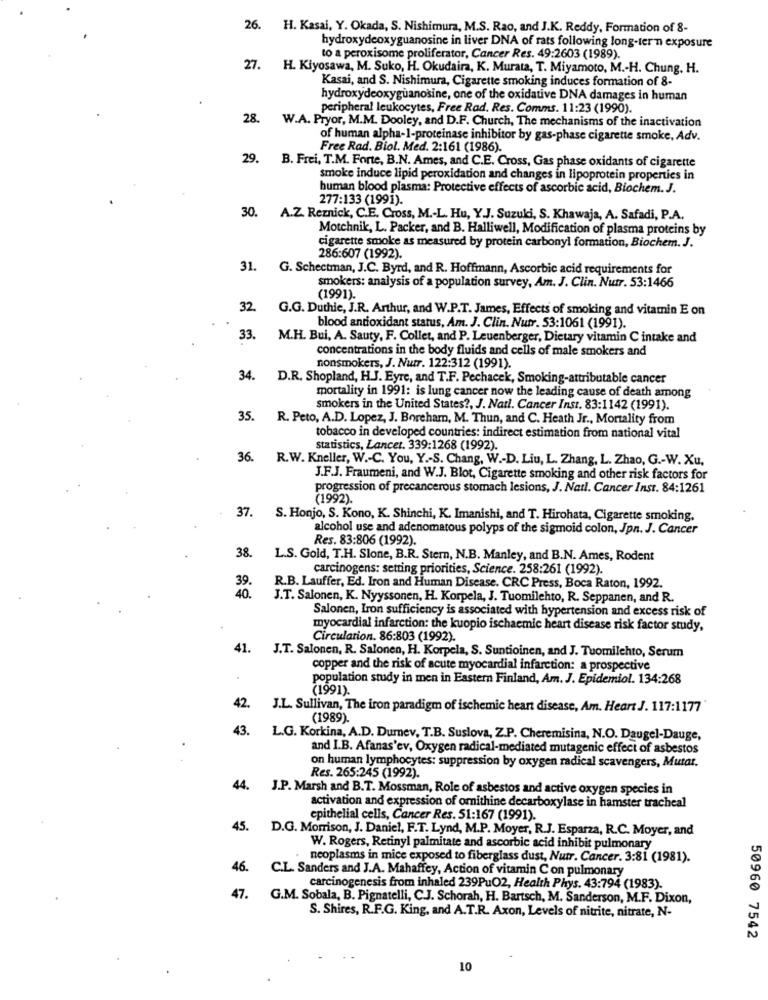
26. H. Kasai, Y. Okada, S. Nishimura, M.S. Rao, and J.K. Reddy, Formation of 8-
hydroxydeoxyguanosine in liver DNA of rats following long-term exposure
to a peroxisome proliferator, Cancer Res. 49:2603 (1989).
27.
H. Kiyosawa, M. Suko, H. Okudaira, K. Murata, T. Miyamoto, M .- H. Chung. H.
Kasai, and S. Nishimura, Cigarette smoking induces formation of 8-
hydroxydeoxyguanosine, one of the oxidative DNA damages in human
peripheral leukocytes, Free Rad. Res. Comms. 11:23 (1990).
28.
W.A. Pryor, M.M. Dooley, and D.F. Church, The mechanisms of the inactivation
of human alpha-1-proteinase inhibitor by gas-phase cigarette smoke, Adv.
Free Rad. Biol. Med. 2:161 (1986).
29. B. Frei, T.M. Forte, B.N. Ames, and C.E. Cross, Gas phase oxidants of cigarette
smoke induce lipid peroxidation and changes in lipoprotein properties in
human blood plasma: Protective effects of ascorbic acid, Biochem. J.
277:133 (1991).
30.
A.Z. Reznick, C.E. Cross, M .- L. Hu, YJ. Suzuki, S. Khawaja, A. Safadi, P.A.
Motchnik, L. Packer, and B. Halliwell, Modification of plasma proteins by
cigarette smoke as measured by protein carbonyl formation, Biochem. J.
286:607 (1992).
31. G. Schectman, J.C. Byrd, and R. Hoffmann, Ascorbic acid requirements for
smokers: analysis of a population survey, Am. J. Clin. Nutr. 53:1466
(1991).
32. G.G. Duthie, J.R. Arthur, and W.P.T. James, Effects of smoking and vitamin E on
blood antioxidant status, Am. J. Clin. Nutr. 53:1061 (1991).
33.
M.H. Bui, A. Sauty, F. Collet, and P. Leuenberger, Dietary vitamin C intake and
concentrations in the body fluids and cells of male smokers and
nonsmokers, J. Nutr. 122:312 (1991).
34.
D.R. Shopland, H.J. Eyre, and T.F. Pechacek, Smoking-attributable cancer
mortality in 1991: is lung cancer now the leading cause of death among
smokers in the United States ?, J. Natl. Cancer Inst. 83:1142 (1991).
35.
R. Peto, A.D. Lopez, J. Borchar, M. Thun, and C. Heath Jr ., Mortality from
tobacco in developed countries: indirect estimation from national vital
statistics, Lancet. 339:1268 (1992).
36.
R.W. Kneller, W .- C. You, Y .- S. Chang, W .- D. Liu, L. Zhang, L. Zhao, G .- W. Xu.
J.F.J. Fraumeni, and W.J. Blot, Cigarette smoking and other risk factors for
progression of precancerous stomach lesions, J. Natl. Cancer Inst. 84:1261
(1992).
37.
S. Honjo, S. Kono, K. Shinchi, K. Imanishi, and T. Hirohata, Cigarette smoking,
alcohol use and adenomatous polyps of the sigmoid colon, Jpn. J. Cancer
Res. 83:806 (1992).
38.
L.S. Gold, T.H. Slone, B.R. Stern, N.B. Manley, and B.N. Ames, Rodent
carcinogens: setting priorities, Science. 258:261 (1992).
39.
40.
R.B. Lauffer, Ed. Iron and Human Disease. CRC Press, Boca Raton, 1992.
J.T. Salonen, K. Nyyssonen, H. Korpela, J. Tuomilehto, R. Seppanen, and R.
Salonen, Iron sufficiency is associated with hypertension and excess risk of
myocardial infarction: the kuopio ischaemic heart disease risk factor study,
Circulation. 86:803 (1992).
41.
J.T. Salonen, R. Salonen, H. Korpela, S. Suntioinen, and J. Tuomilehto, Serum
copper and the risk of acute myocardial infarction: a prospective
population study in men in Eastern Finland, Am. J. Epidemiol. 134:268
(1991).
42.
J.L. Sullivan, The iron paradigm of ischemic heart disease, Am. Heart J. 117:1177
(1989).
43. L.G. Korkina, A.D. Dumev. T.B. Suslova, Z.P. Cheremisina, N.O. Daugel-Dauge,
and I.B. Afanas'ev, Oxygen radical-mediated mutagenic effect of asbestos
on human lymphocytes: suppression by oxygen radical scavengers, Mutat.
Res. 265:245 (1992).
44. J.P. Marsh and B.T. Mossman, Role of asbestos and active oxygen species in
activation and expression of omithine decarboxylase in hamster tracheal
epithelial cells, Cancer Res. 51:167 (1991).
. D.G. Morrison, J. Daniel, F.T. Lynd, M.P. Moyer, R.J. Esparza, R.C. Moyer, and
W. Rogers, Retinyl palmitate and ascorbic acid inhibit pulmonary
neoplasms in mice exposed to fiberglass dust, Nutr. Cancer. 3:81 (1981).
46.
C.L. Sanders and J.A. Mahaffey, Action of vitamin Con pulmonary
carcinogenesis from inhaled 239PuO2, Health Phys. 43:794 (1983).
47.
G.M. Sobala, B. Pignatelli, C.J. Schorah, H. Bartsch, M. Sanderson, M.F. Dixon,
S. Shires, R.F.G. King, and A.T.R. Axon, Levels of nitrite, nitrate, N-
50960 7542
10